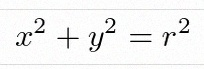
x^2+y^2=r^2